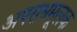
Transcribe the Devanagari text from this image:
अपराधमूलक